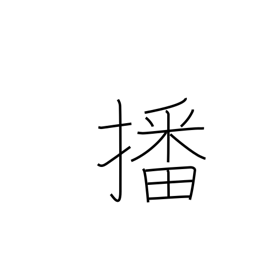
Meaning: sow